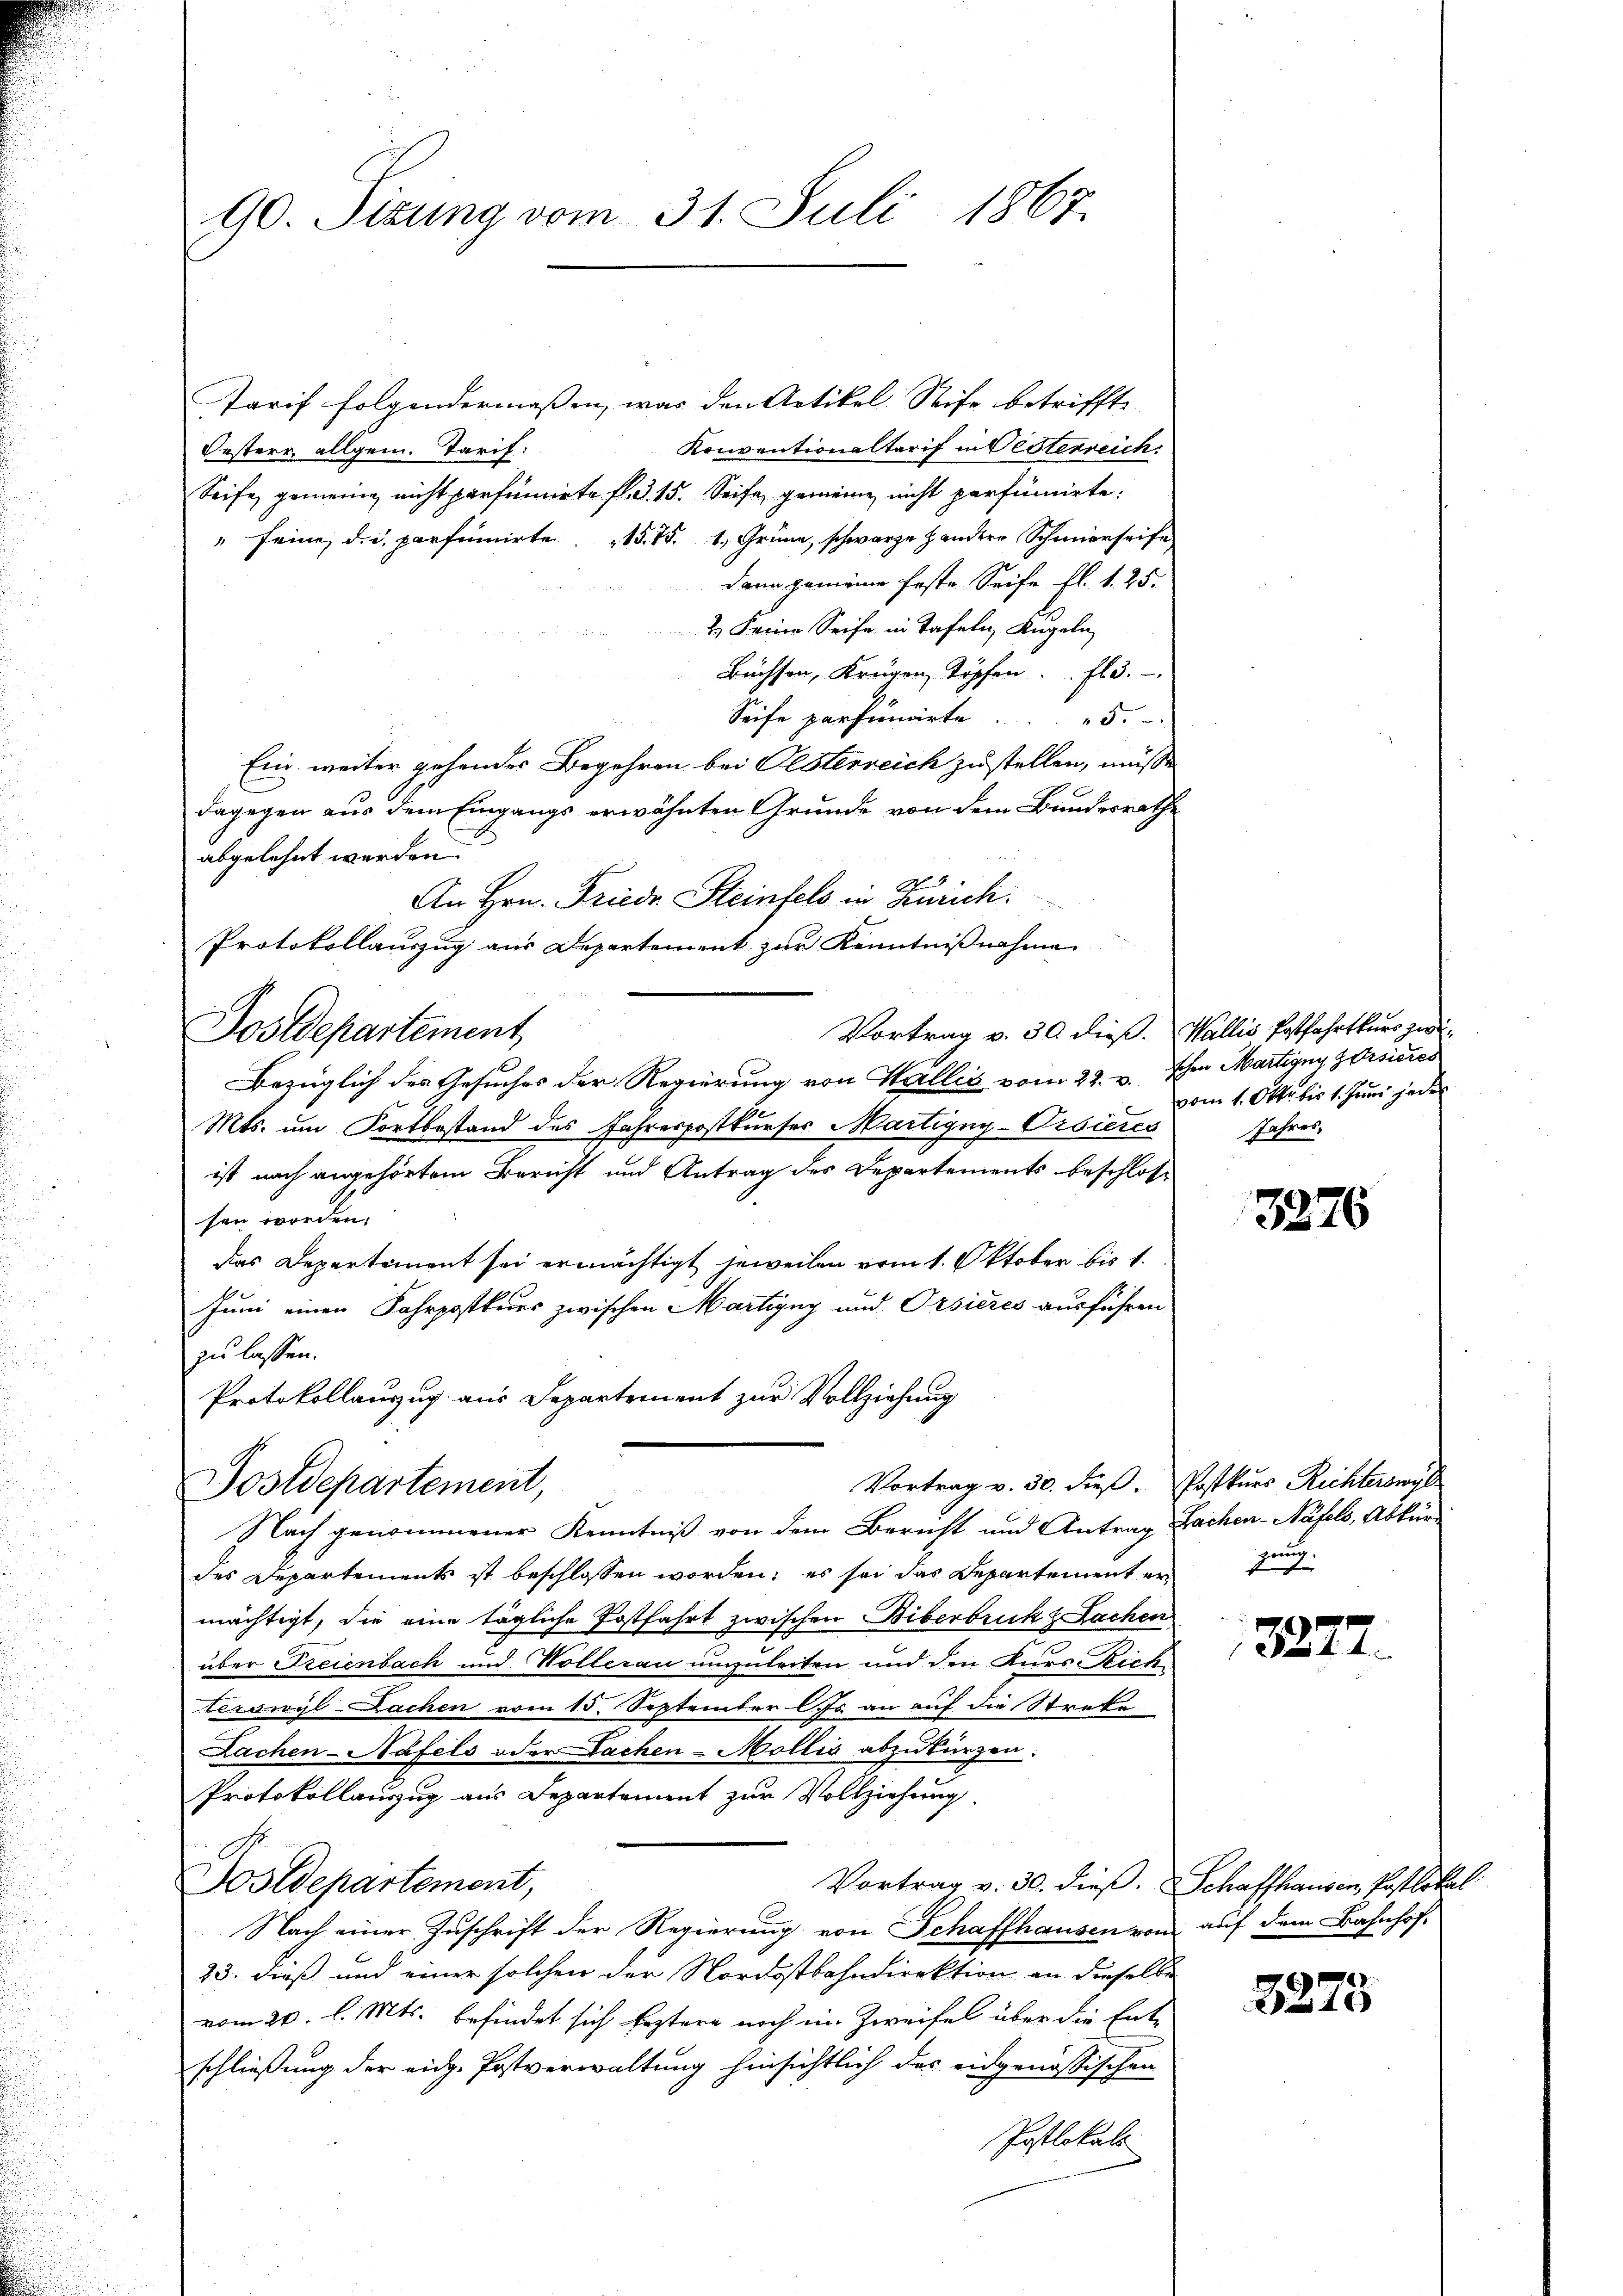
90. Sizung vom 31. Juli 1867.

Tarif folgendermassen, war den Artikel Seife betrifft.
Konventionaltarif in Oesterreich
Oesterr, allgem. Tarif:
Seife gemeine nicht perfinnirte P. G. 15. Seife gemeine nicht parfumierte:
" seine, die parfumirte 15. 75. 1, Grüne, schwarze Handere Schmierseite
dann gemeine feste Seife fl. 1. 25.
2.) Seine Seife in Tafeln, Kugeln
Büchsen, Krügen, Töpfen . . fl 3.
Seife parficirte " 5.
Ein weiter gehendes Begehren bei Oesterreich zustellen, müsse
dagegen aus dem Eingangs erwähnten Grunde von dem Bundesrathe
abgelehnt werden.
4
An Hrn. Friedr. Steinfels in Zürich.
Protokollauszug aus Departement zur Kenntnißnahme
Vortrag v. 30 dieß. Wallis Postfahrtkurs zwi¬
Postdepartement
Bezüglich des Gesuches der Regierung von Wallis vom 22. v. Ihr Martigny Zoisieres
Mts. um Fortbestand des Jahrespostkurses Martigny-Visieres
ist nach angehörtem Bericht und Antrag des Departements beschlossen worden,
das Departement sei ermächtigt jeweilen vom 1. Oktober bis 1.
Juni einen Fahrpostkurs zwischen Martigny und Orsieres ausführen
zu lassen.
Protokollauszug aus Departement zur Vollziehung

Vortrag v. 30. dieβ. Postkurs Richterswyl
Postdepartement,
52

Nach genommener Kenntniß von dem Bericht und Antrag Fachen-Näfels, Abkür
des Departements ist beschlossen worden; es sei das Departement er
mächtigt, die eine tägliche Postfahrt zwischen Biberbruck & Lachen
über Freienbach und Wollerau unzuleiten und den Kurs-Rick
terswyl-Dachen vom 15. September l. Js. an auf die Strete
Fachen-Näfels oder Sachen-Mollis abzukürzen.
Protokollauszug aus Departement zur Vollziehung.
Postdepartement,
Vortrag v. 30. dieß. Schaffhausen, Pastlokal
Nach einer Zuschrift der Regierung von Schaffhausen von
23. dieß und einer solchen der Nordostbahndirektion an dieselbe
vom 20. l. Mts. befindet sich Erstern noch ein Zweifel über die Entschließung der eidg. Postverwaltung hinsichtlich der eidgenössischen
Postlokals

vom 1. Okto bis 1. Juni jede
Jahres,

3876

d
zung.

327

auf dem Bahnhof-

3275